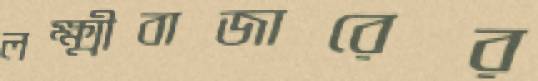
লক্ষ্মীবাজারের